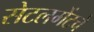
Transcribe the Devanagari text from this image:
सेटलमेंटचे